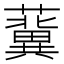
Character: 𧃞